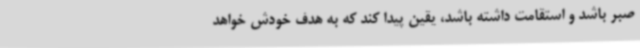
صبر باشد و استقامت داشته باشد، یقین پیدا کند که به هدف خودش خواهد